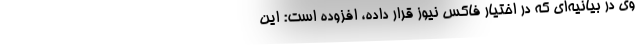
وی در بیانیه‌ای که در اختیار فاکس نیوز قرار داده، افزوده است: این